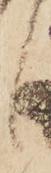
候